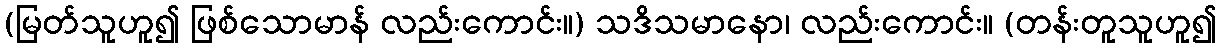
(မြတ်သူဟူ၍ ဖြစ်သောမာန် လည်းကောင်း။) သဒိသမာနော၊ လည်းကောင်း။ (တန်းတူသူဟူ၍